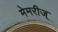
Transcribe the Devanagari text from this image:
मेमरीज्